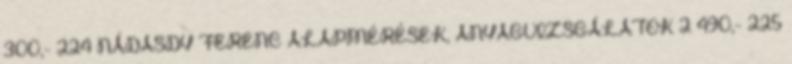
300,- 224 NÁDASDY FERENC ALAPMÉRÉSEK, ANYAGVIZSGÁLATOK 2 490,- 225